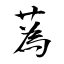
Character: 蒍